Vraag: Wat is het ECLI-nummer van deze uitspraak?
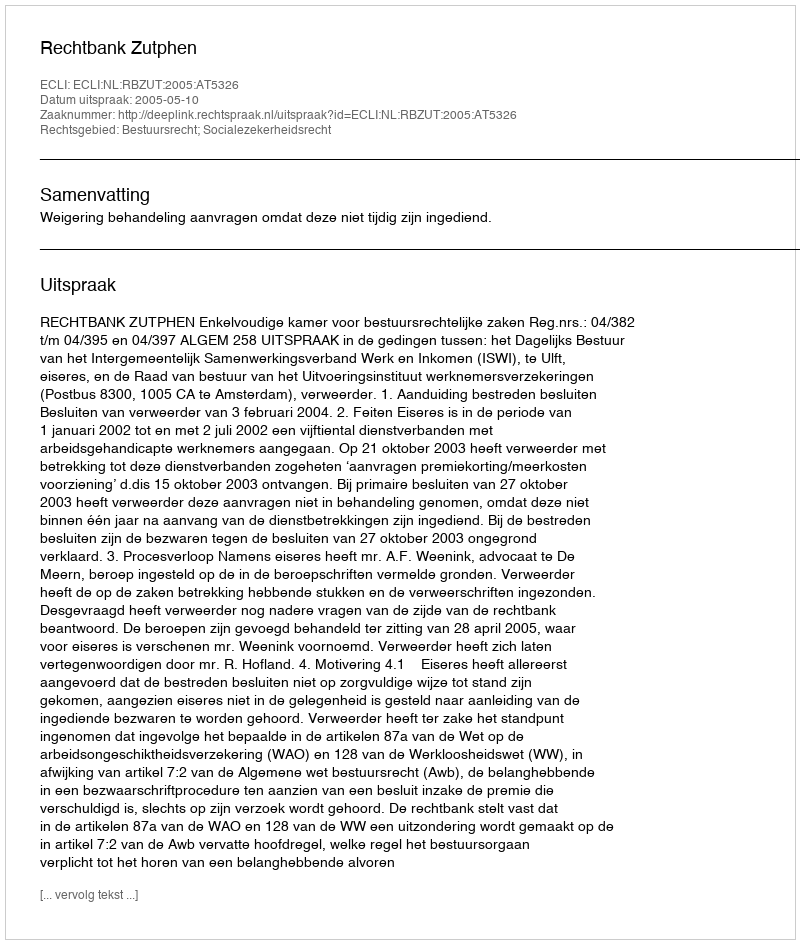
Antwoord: ECLI:NL:RBZUT:2005:AT5326